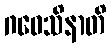
ဂဝေသိနာတိ